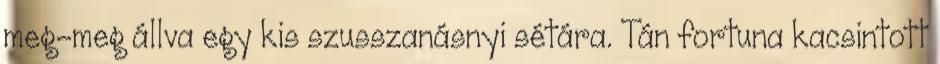
meg-meg állva egy kis szusszanásnyi sétára. Tán fortuna kacsintott